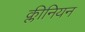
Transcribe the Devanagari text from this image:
क्लीनियन